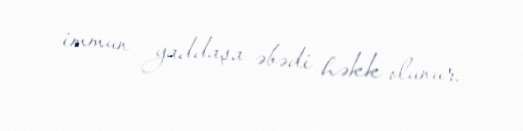
immun yaddaşa əbədi həkk olunur.